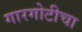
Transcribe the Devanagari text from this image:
गारगोटीचा